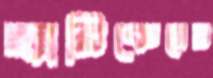
হ্যারিকেনের